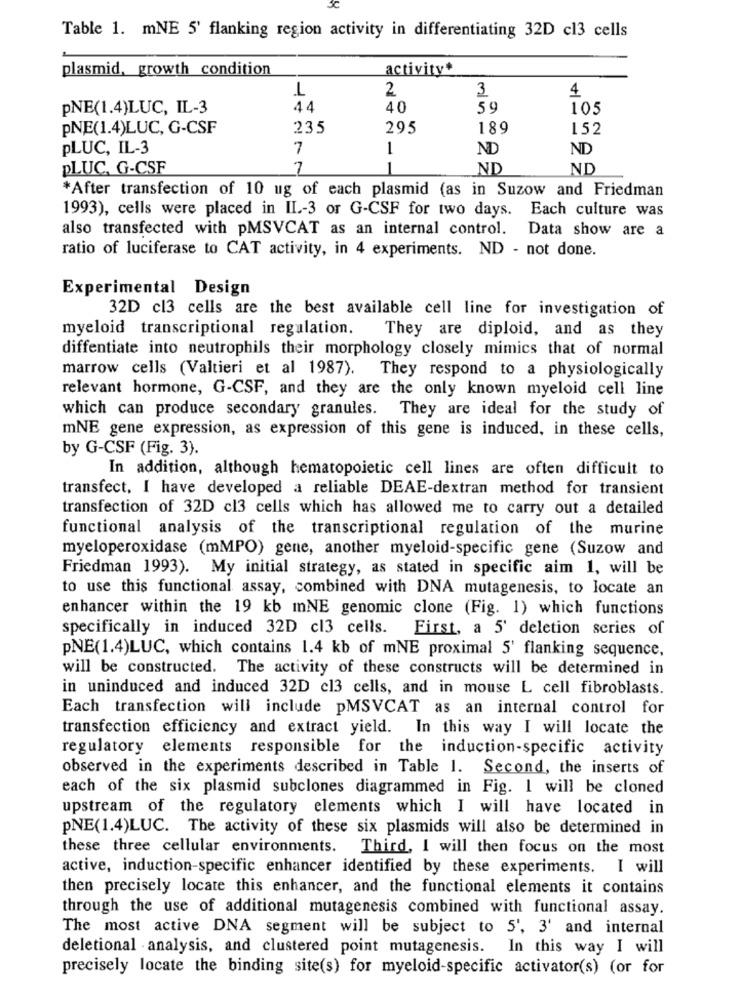
Table 1. mNE 5' flanking region activity in differentiating 32D cl3 cells
plasmid, growth condition
activity*
L
2
3
4
PNE(1.4)LUC, IL-3
44
40
5 9
105
PNE(1.4)LUC, G-CSF
235
295
189
152
PLUC, IL-3
7
1
ND
ND
PLUC, G-CSF
7
ND
ND
*After transfection of 10 ug of each plasmid (as in Suzow and Friedman
1993), cells were placed in IL-3 or G-CSF for two days. Each culture was
also transfected with pMSVCAT as an internal control. Data show are a
ratio of luciferase to CAT activity, in 4 experiments. ND - not done.
Experimental Design
32D c13 cells are the best available cell line for investigation of
myeloid transcriptional regulation.
They are diploid, and as they
diffentiate into neutrophils their morphology closely mimics that of normal
marrow cells (Valtieri et al 1987).
They respond to a physiologically
relevant hormone, G-CSF, and they are the only known myeloid cell line
which can produce secondary granules. They are ideal for the study of
mNE gene expression, as expression of this gene is induced, in these cells,
by G-CSF (Fig. 3).
In addition, although hematopoietic cell lines are often difficult to
transfect, I have developed a reliable DEAE-dextran method for transient
transfection of 32D cl3 cells which has allowed me to carry out a detailed
functional analysis of the transcriptional regulation of the murine
myeloperoxidase (mMPO) gene, another myeloid-specific gene (Suzow and
Friedman 1993). My initial strategy, as stated in specific aim 1, will be
to use this functional assay, combined with DNA mutagenesis, to locate an
enhancer within the 19 kb mNE genomic clone (Fig. 1) which functions
specifically in induced 32D c13 cells.
First, a 5' deletion series of
PNE(1.4)LUC, which contains 1.4 kb of mNE proximal 5' flanking sequence,
will be constructed. The activity of these constructs will be determined in
in uninduced and induced 32D c13 cells, and in mouse L cell fibroblasts.
Each transfection will include pMSVCAT as an internal control for
transfection efficiency and extract yield. In this way I will locate the
regulatory elements responsible for the induction-specific activity
observed in the experiments described in Table 1. Second, the inserts of
each of the six plasmid subclones diagrammed in Fig. I will be cloned
upstream of the regulatory elements which I will have located in
PNE(1.4)LUC. The activity of these six plasmids will also be determined in
these three cellular environments. Third, I will then focus on the most
active, induction-specific enhancer identified by these experiments. I will
then precisely locate this enhancer, and the functional elements it contains
through the use of additional mutagenesis combined with functional assay.
The most active DNA segment will be subject to 5', 3' and internal
deletional - analysis, and clustered point mutagenesis. In this way I will
precisely locate the binding site(s) for myeloid-specific activator(s) (or for